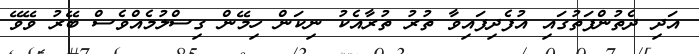
އަދި ދެތުންފަތުގައި އުފެދިފައިވާ ތުރު ތުރާއެކު ނިކަން ހިމޭން ގިސްލުމެއްވެސް ބޭރު ވޭވޭ